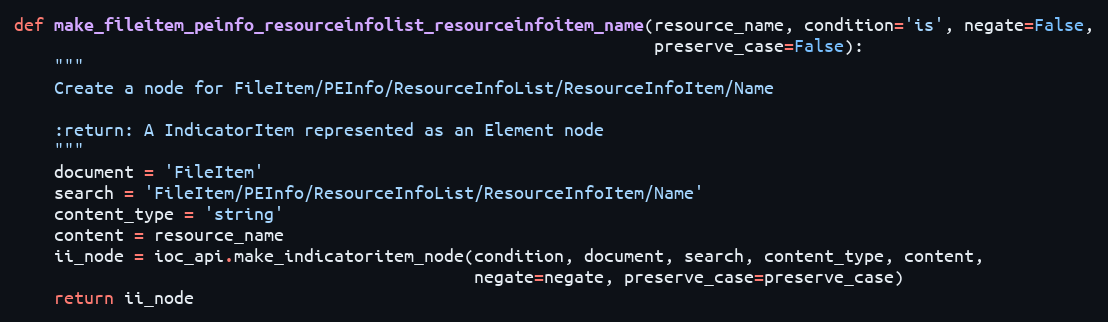
Language: Python
def make_fileitem_peinfo_resourceinfolist_resourceinfoitem_name(resource_name, condition='is', negate=False,
                                                                preserve_case=False):
    """
    Create a node for FileItem/PEInfo/ResourceInfoList/ResourceInfoItem/Name

    :return: A IndicatorItem represented as an Element node
    """
    document = 'FileItem'
    search = 'FileItem/PEInfo/ResourceInfoList/ResourceInfoItem/Name'
    content_type = 'string'
    content = resource_name
    ii_node = ioc_api.make_indicatoritem_node(condition, document, search, content_type, content,
                                              negate=negate, preserve_case=preserve_case)
    return ii_node